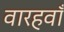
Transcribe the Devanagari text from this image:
वारहवाँ